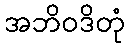
အဘိဝဒိတုံ